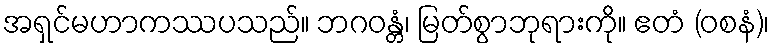
အရှင်မဟာကဿပသည်။ ဘဂဝန္တံ၊ မြတ်စွာဘုရားကို။ ဧတံ (ဝစနံ)၊